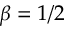
\beta = 1 / 2